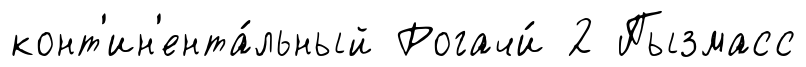
конт'ин'ента́льный Рогачи́ 2 Пызмасс